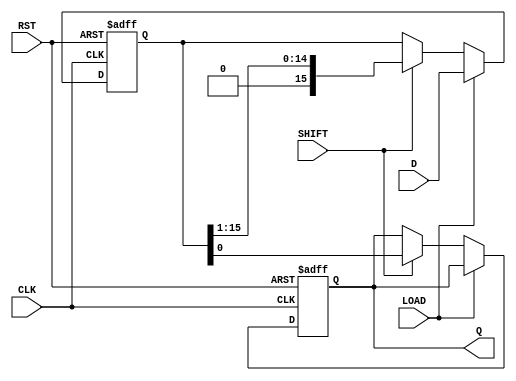
module PISO_Register (
    input wire [15:0] D,     // 16-bit parallel data input
    input wire LOAD,         // Load control signal
    input wire SHIFT,        // Shift control signal
    input wire CLK,          // Clock signal
    input wire RST,          // Asynchronous reset signal
    output reg Q             // Serial output
);

    reg [15:0] shift_reg;    // 16-bit shift register

    always @(posedge CLK or posedge RST) begin
        if (RST) begin
            // Asynchronous reset
            shift_reg <= 16'b0; // Clear the register
            Q <= 1'b0;          // Clear the output
        end else if (LOAD) begin
            // Load data into the shift register
            shift_reg <= D;     // Load the data on LOAD signal
        end else if (SHIFT) begin
            // Shift the data out
            Q <= shift_reg[0];  // Output the LSB
            shift_reg <= shift_reg >> 1; // Shift right
        end
    end

endmodule